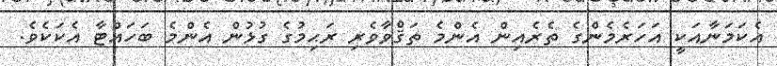
އެކަމަނާއަކީ އަހަރެމެންގެ ތެރެއިން އެންމެ ތަޤްވާވެރި ރަޙިމުގެ ގުޅުން އެންމެ ބަހައްޓާ އެކަކެވެ.